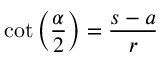
\cot \left( { \frac { \alpha } { 2 } } \right) = { \frac { s - a } { r } }